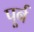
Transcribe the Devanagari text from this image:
पूर्न